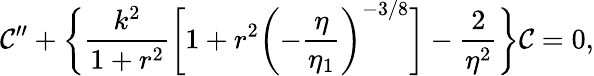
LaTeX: {\cal C}^{\prime\prime}+\biggl\{ \frac{k^{2}}{1+r^{2}}\biggl[1+r^{2}\biggl(-\frac{\eta}{\eta_{1}}\biggr)^{-3/8}\biggr]-\frac{2}{\eta^{2}}\biggr\} {\cal C}=0,